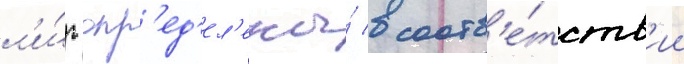
л'и́г опр'ед'ел'ены́ в соотв'е́тств'ии